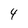
Character: 4